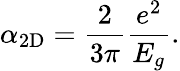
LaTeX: \alpha_{\mathrm{2D}}=\frac{2}{3\pi}\frac{e^{2}}{E_{g}}.